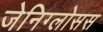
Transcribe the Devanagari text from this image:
जेनिग्लोसस